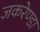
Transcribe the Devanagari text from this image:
जकरेण्डा